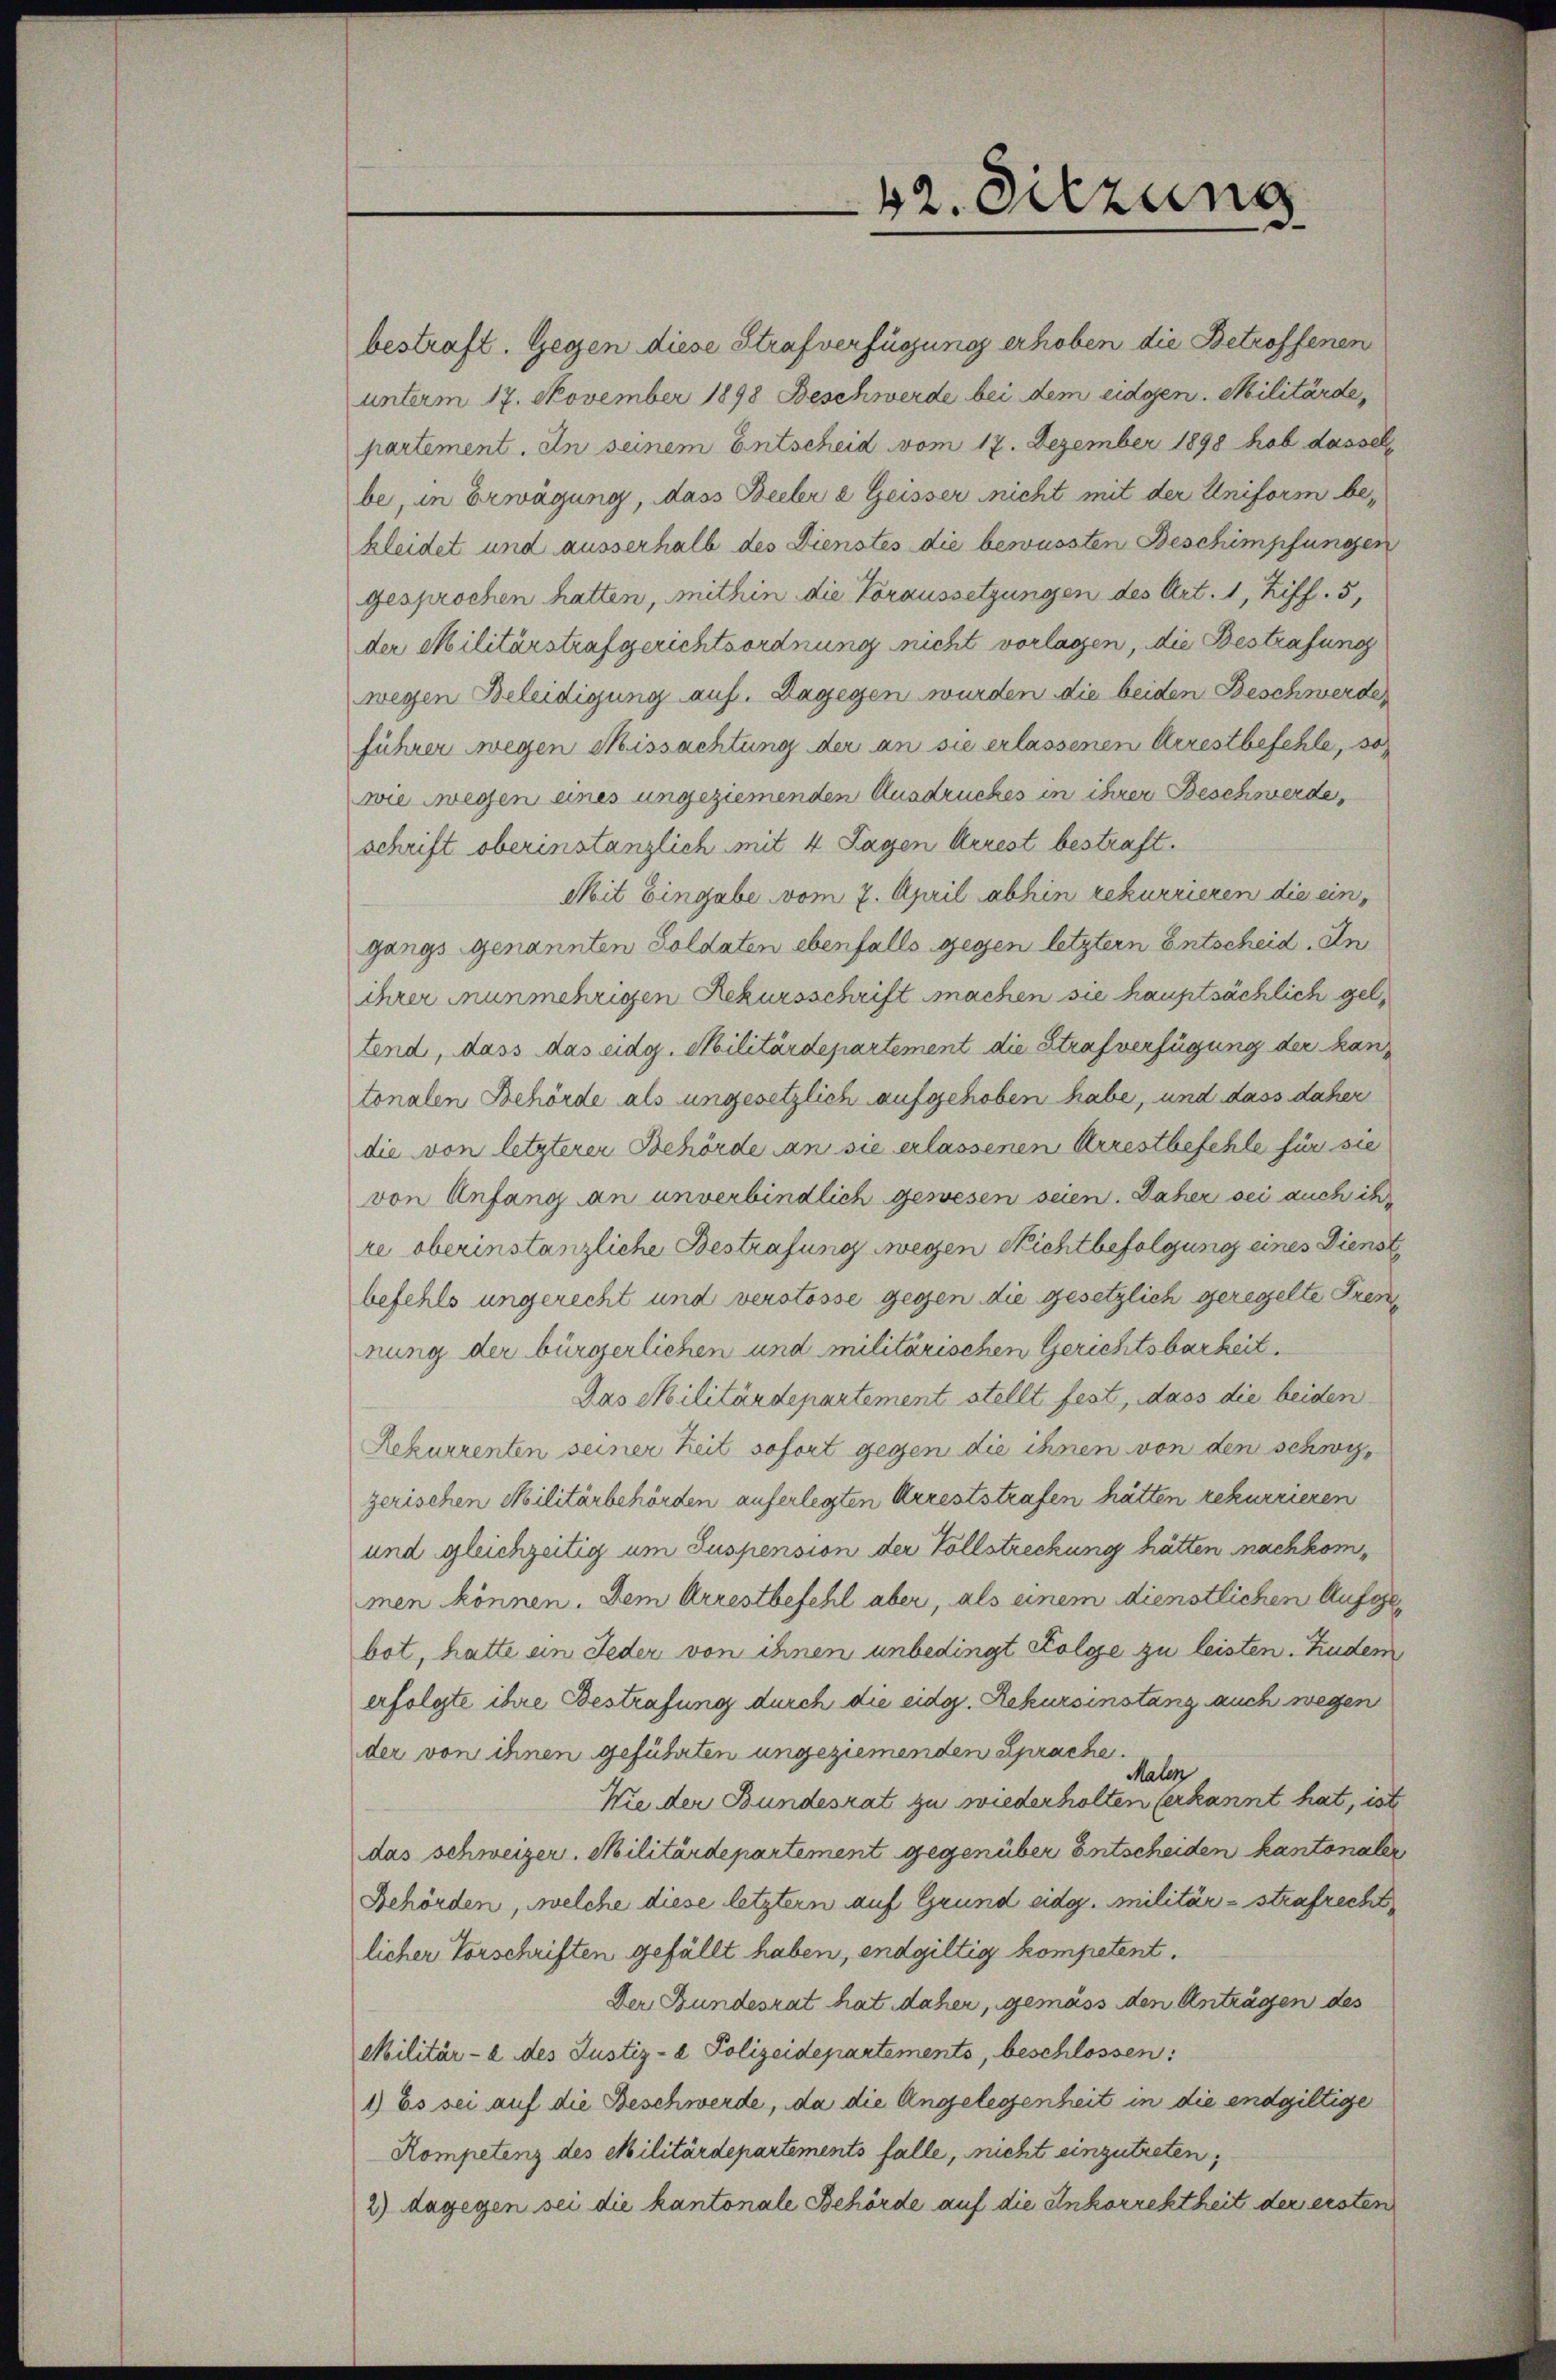
bestraft. Gegen diese Strafverfügung erhoben die Betroffenen
unterm 17. November 1898 Beschwerde bei dem eidgen. Militärde,
partement. In seinem Entscheid vom 17. Dezember 1898 hob dassel
be, in Erwägung, dass Beebr a Geisser nicht mit der Uniform bekleidet und ausserhalb des Dienstes die bewussten Beschimpfungen
gesprochen hatten, mithin die Voraussetzungen des Art. 1, Ziff. 5,
der Militärstrafgerichtsordnung nicht vorlagen, die Bestrafung
wegen Beleidigung auf. Dagegen wurden die beiden Beschwerde,
führer wegen Missachtung der an sie erlassenen Arrestbefehle, so
wie wegen eines ungeziemenden Ausdruckes in ihrer Beschwerde,
schrift oberinstanzlich mit 4 Tagen Arrest bestraft.
Mit Eingabe vom 7. April abhin rekurrieren die eingangs genannten Soldaten ebenfalls gegen letztern Entscheid. In
ihrer nunmehrigen Rekursschrift machen sie hauptsächlich geltend, dass das eidg. Militärdepartement die Strafverfügung der kanz
tonalen Behörde als ungesetzlich aufgehoben habe, und dass daher
die von letzterer Behörde an sie erlassenen Arrestbefehle für sie
von Anfang an unverbindlich gewesen seien. Daher sei auch ihr
re oberinstanzliche Bestrafung wegen Nichtbefolgung eines Dienst
befehls ungerecht und verstosse gegen die gesetzlich geregelte Trennung der bürgerlichen und militärischen Gerichtsbarkeit.
Das Militärdepartement stellt fest, dass die beiden
Rekurrenten seiner Zeit sofort gegen die ihnen von den schwygerischen Militärbehörden auferlegten Arreststrafen hätten rekurrieren
und gleichzeitig um Suspension der Vollstreckung hätten nachkommen können. Dem Arrestbefehl aber, als einem dienstlichen Aufgebot, hatte ein Jeder von ihnen unbedingt Kolge zu leisten. Zudem
erfolgte ihre Bestrafung durch die eidg. Rekursinstang auch wegen
der von ihnen geführten ungeziemenden Sprache
Malen
Wie der Bundesrat zu wiederholten verkannt hat, ist
das schweizer. Militärdepartement gegenüber Entscheiden kantonaler
Behörden, welche diese letztern auf Grund eidg. Militär- strafrecht
licher Vorschriften gefällt haben, endgültig kompetent.
Der Bundesrat hat daher, gemäss den Anträgen des
Militär- à des Justiz- & Polizeidepartements, beschlossen:
1) Es sei auf die Beschwerde, da die Angelegenheit in die endgültige
Kompetenz des Militärdepartements falle, nicht einzutreten,
2) dagegen sei die kantonale Behörde auf die Inkorrektheit der ersten

42. Sitzung